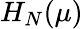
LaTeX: H_{N}(\mu)